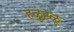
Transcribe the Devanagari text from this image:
हळुह्ळू